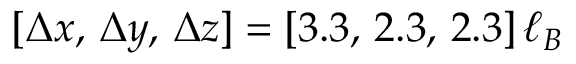
[ \Delta x , \, \Delta y , \, \Delta z ] = [ 3 . 3 , \, 2 . 3 , \, 2 . 3 ] \, \ell _ { B }